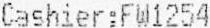
CASHIER:FW1254